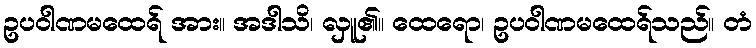
ဥပဝါဏမထေရ် အား။ အဒါသိ၊ လှူ၏။ ထေရော၊ ဥပဝါဏမထေရ်သည်။ တံ